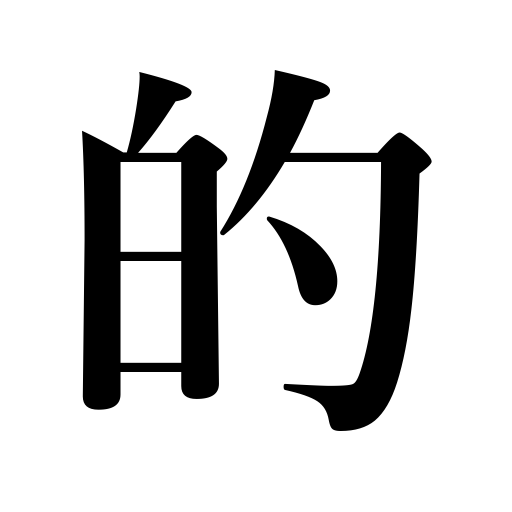
Meanings: object,target,the point,adjective ending,mark